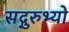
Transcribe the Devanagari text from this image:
सद्गुरुभ्यो